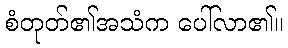
စံတုတ်၏အသံက ပေါ်လာ၏။